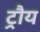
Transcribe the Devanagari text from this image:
ट्रौय